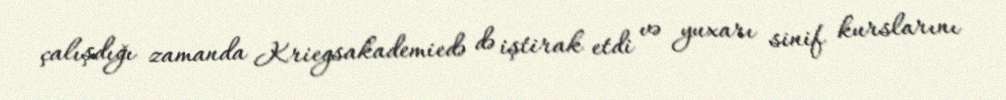
çalışdığı zamanda Kriegsakademiedə də iştirak etdi və yuxarı sinif kurslarını